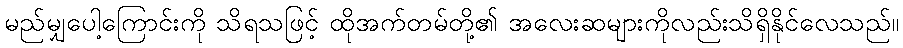
မည်မျှပေါ့ကြောင်းကို သိရသဖြင့် ထိုအက်တမ်တို့၏ အလေးဆများကိုလည်းသိရှိနိုင်လေသည်။